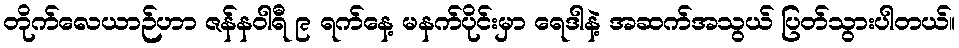
တိုက်လေယာဉ်ဟာ ဇန်နဝါရီ ၉ ရက်နေ့ မနက်ပိုင်းမှာ ရေဒါနဲ့ အဆက်အသွယ် ပြတ်သွားပါတယ်။